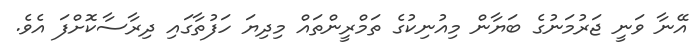
އޭނާ ވަނީ ޖަރުމަނުގެ ބަޔާން މިއުނިކުގެ ތަމްރީންތައް މިދިޔަ ހަފުތާގައި ދިރާސާކޮށްފަ އެވެ.